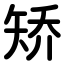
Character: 矫